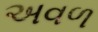
અવળ